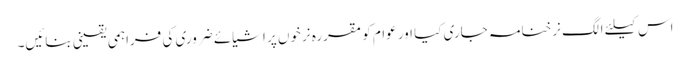
اس کیلئے الگ نرخنامہ جاری کیا اور عوام کو مقررہ نرخوں پر اشیائے ضروری کی فراہمی یقینی بنائیں۔